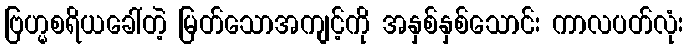
ဗြဟ္မစရိယခေါ်တဲ့ မြတ်သောအကျင့်ကို အနှစ်နှစ်သောင်း ကာလပတ်လုံး